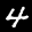
Label: 4